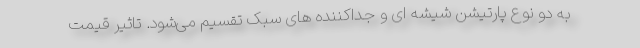
به دو نوع پارتیشن شیشه ای و جداکننده های سبک تقسیم می‌شود. تاثیر قیمت